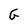
Character: G